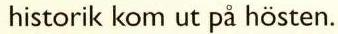
historik kom ut på hösten.